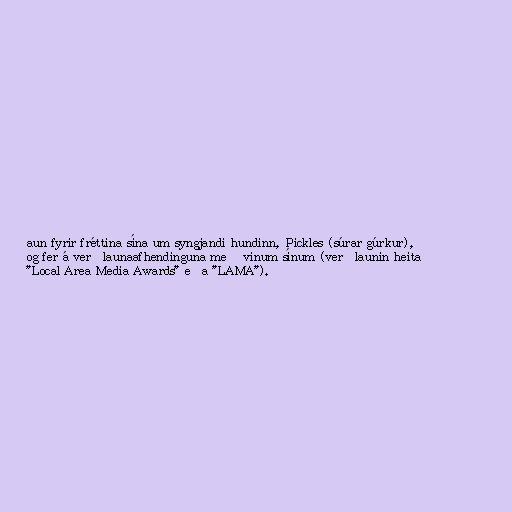
aun fyrir fréttina sína um syngjandi hundinn, Pickles (súrar gúrkur),
og fer á verðlaunaafhendinguna með vinum sínum (verðlaunin heita
"Local Area Media Awards" eða "LAMA").